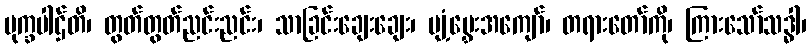
မုက္ခပါဌ်တိ၊ တွတ်တွတ်ညင်းညင်း၊ သာခြင်းချေးချေး၊ ပျံ့မွှေးအကျော်၊ တရားတော်ကို၊ ကြားသော်သဒ္ဓါ၊